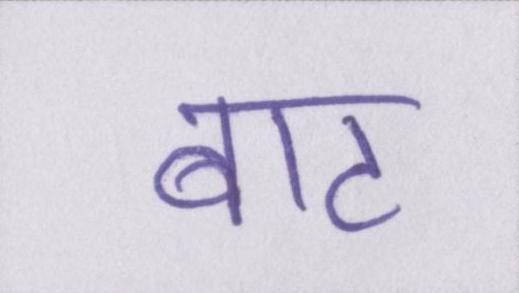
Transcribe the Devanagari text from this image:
बाट